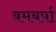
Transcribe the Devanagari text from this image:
बमबर्षा